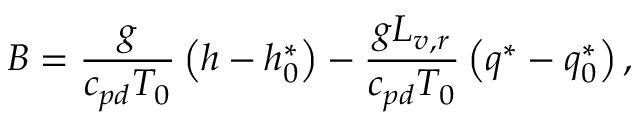
B = \frac { g } { c _ { p d } T _ { 0 } } \left( h - h _ { 0 } ^ { * } \right) - \frac { g L _ { v , r } } { c _ { p d } T _ { 0 } } \left( q ^ { * } - q _ { 0 } ^ { * } \right) ,